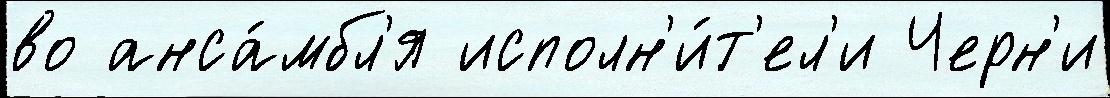
во анса́мбл'я исполн'и́т'ел'и Черн'и